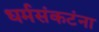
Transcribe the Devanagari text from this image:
धर्मसंकटंना